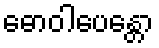
ဓောဝါပေန္တော